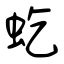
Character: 虼